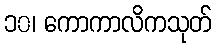
၁၀၊ ကောကာလိကသုတ်